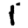
Digit: 1